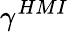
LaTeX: \gamma^{HMI}